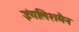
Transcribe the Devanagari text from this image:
इंगलिशमैन